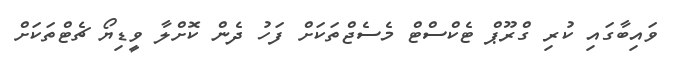
ވައިބާގައި ކުރި ގްރޫޕް ޓެކްސްޓް މެސެޖްތަކަށް ފަހު ދެން ކޮށްލާ ވީޑިޔޯ ޗެޓްތަކަށް